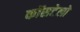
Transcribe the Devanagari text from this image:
कॉसटेलो